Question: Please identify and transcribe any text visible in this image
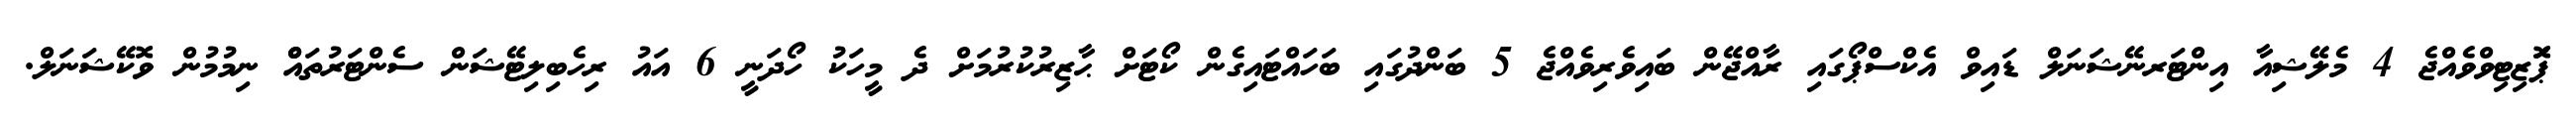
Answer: ޕަޮޒިޓިވްވެއްޖެ 4 މެލޭޝިއާ އިންޓަރނޭޝަނަލް ޑައިވް އެކްސްޕޯގައި ރާއްޖޭން ބައިވެރިވެއްޖެ 5 ބަންދުގައި ބަހައްޓައިގެން ކޯޓަށް ޙާޒިރުކުރުމަށް ދެ މީހަކު ހޯދަނީ 6 އައު ރިހެބިލިޓޭޝަން ސެންޓަރުތައްް ނިމުމުން ވޮކޭޝަނަލް.